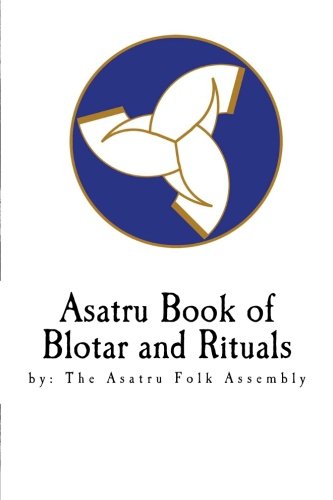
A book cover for Asatru Book of Blotar and Rituals: by the Asatru Folk Assembly; Stephen A. McNallen; Christian Books & Bibles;